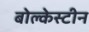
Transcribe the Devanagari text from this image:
बोल्केस्टीन